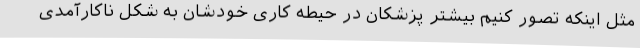
مثل اینکه تصور کنیم بیشتر پزشکان در حیطه کاری خودشان به شکل ناکارآمدی